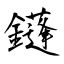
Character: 鑝